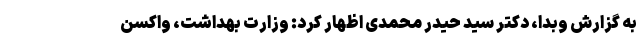
به گزارش وبدا، دکتر سید حیدر محمدی اظهار کرد: وزارت بهداشت، واکسن